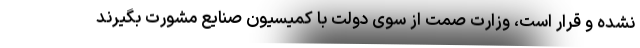
نشده و قرار است، وزارت صمت از سوی دولت با کمیسیون صنایع مشورت بگیرند